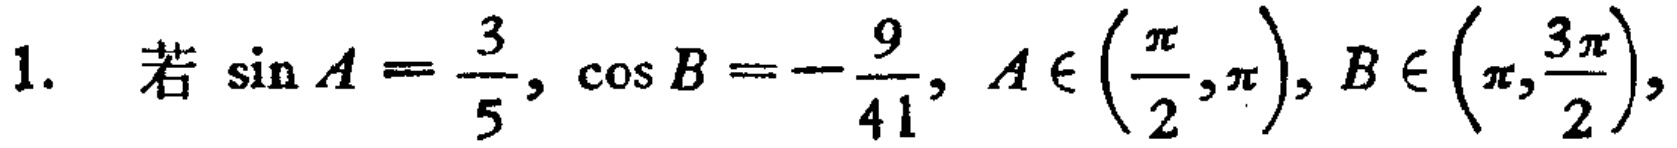
1. 若\(\sin A = \frac{3}{5}, \cos B = -\frac{9}{41}, A \in (\frac{\pi}{2},\pi), B \in (\pi,\frac{3\pi}{2})\)